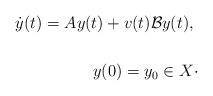
LaTeX: \begin{align*} \dot{y}(t)=Ay(t) + v(t) \mathcal{B} y(t),\; \\ \\ y(0)=y_0\in X\cdot\end{align*}